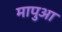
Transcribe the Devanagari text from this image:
मापुआ